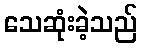
သေဆုံးခဲ့သည်